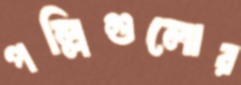
পল্লিগুলোর